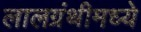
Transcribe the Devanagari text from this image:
लालग्रंथीमध्ये